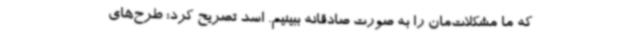
که ما مشکلات‌مان را به صورت صادقانه ببینیم. اسد تصریح کرد: طرح‌های